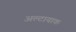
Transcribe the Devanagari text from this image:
अल्टायाक